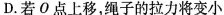
D.若О点上移，绳子的拉力将变小